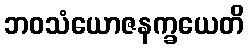
ဘဝသံယောဇနက္ခယေတိ